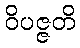
ဝိပဇ္ဇတိ